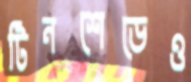
টিনশেডেও